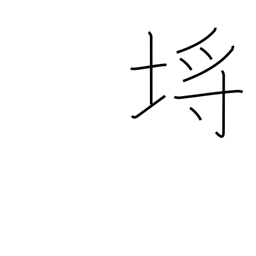
Meaning: picket fence